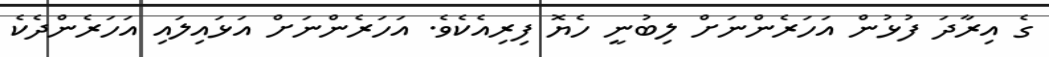
ގެ އިރާދަ ފުޅުން އަހަރެންނަށް ލިބުނީ ހެޔޮ ފިރިއެކެވެ. އަހަރެންނަށް އަޅައިލައި އަހަރެންދެކެ